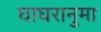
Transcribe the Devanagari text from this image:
घाघरानुमा